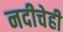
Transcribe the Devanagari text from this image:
नदीचेही